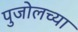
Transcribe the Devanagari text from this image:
पुजोलच्या